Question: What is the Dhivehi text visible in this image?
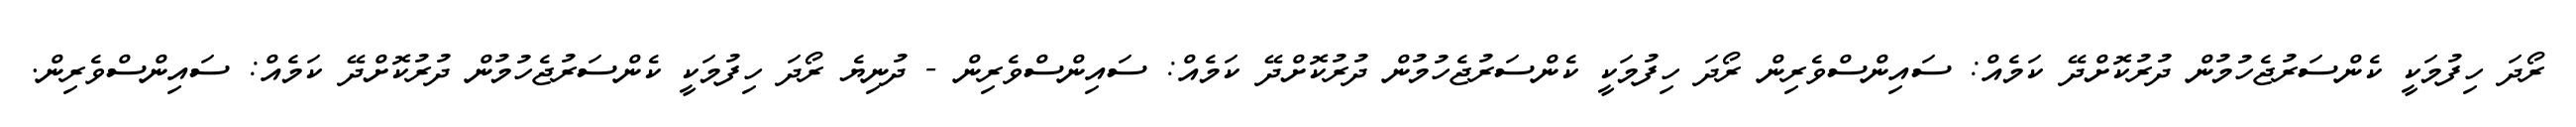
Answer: ރޯދަ ހިފުމަކީ ކެންސަރުޖެހުމުން ދުރުކޮށްދޭ ކަމެއް: ސައިންސްވެރިން ރޯދަ ހިފުމަކީ ކެންސަރުޖެހުމުން ދުރުކޮށްދޭ ކަމެއް: ސައިންސްވެރިން - ދުނިޔެ ރޯދަ ހިފުމަކީ ކެންސަރުޖެހުމުން ދުރުކޮށްދޭ ކަމެއް: ސައިންސްވެރިން.